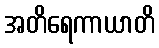
အတိရေကာယာတိ